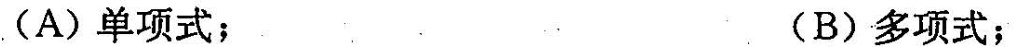
(A)单项式；(B)多项式；